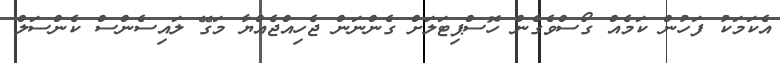
އެކަމަކު ފަހުން ކަމެއް ގޯސްވެގެން ހޮސްޕިޓަލަށް ގެންނަން ޖެހިއްޖެއްޔާ މަގޭ ލައިސެންސް ކެންސަލް